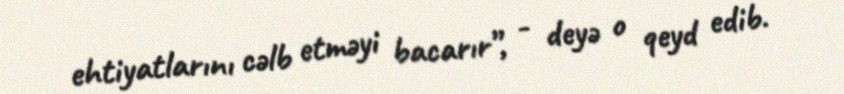
ehtiyatlarını cəlb etməyi bacarır”, - deyə o qeyd edib.